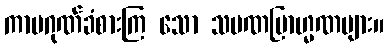
ကာမဂုဏ်ခံစားကြ သော သမဏဗြာဟ္မဏများ။